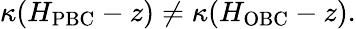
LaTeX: \kappa(H_{\mathrm{PBC}}-z)\neq\kappa(H_{\mathrm{OBC}}-z).